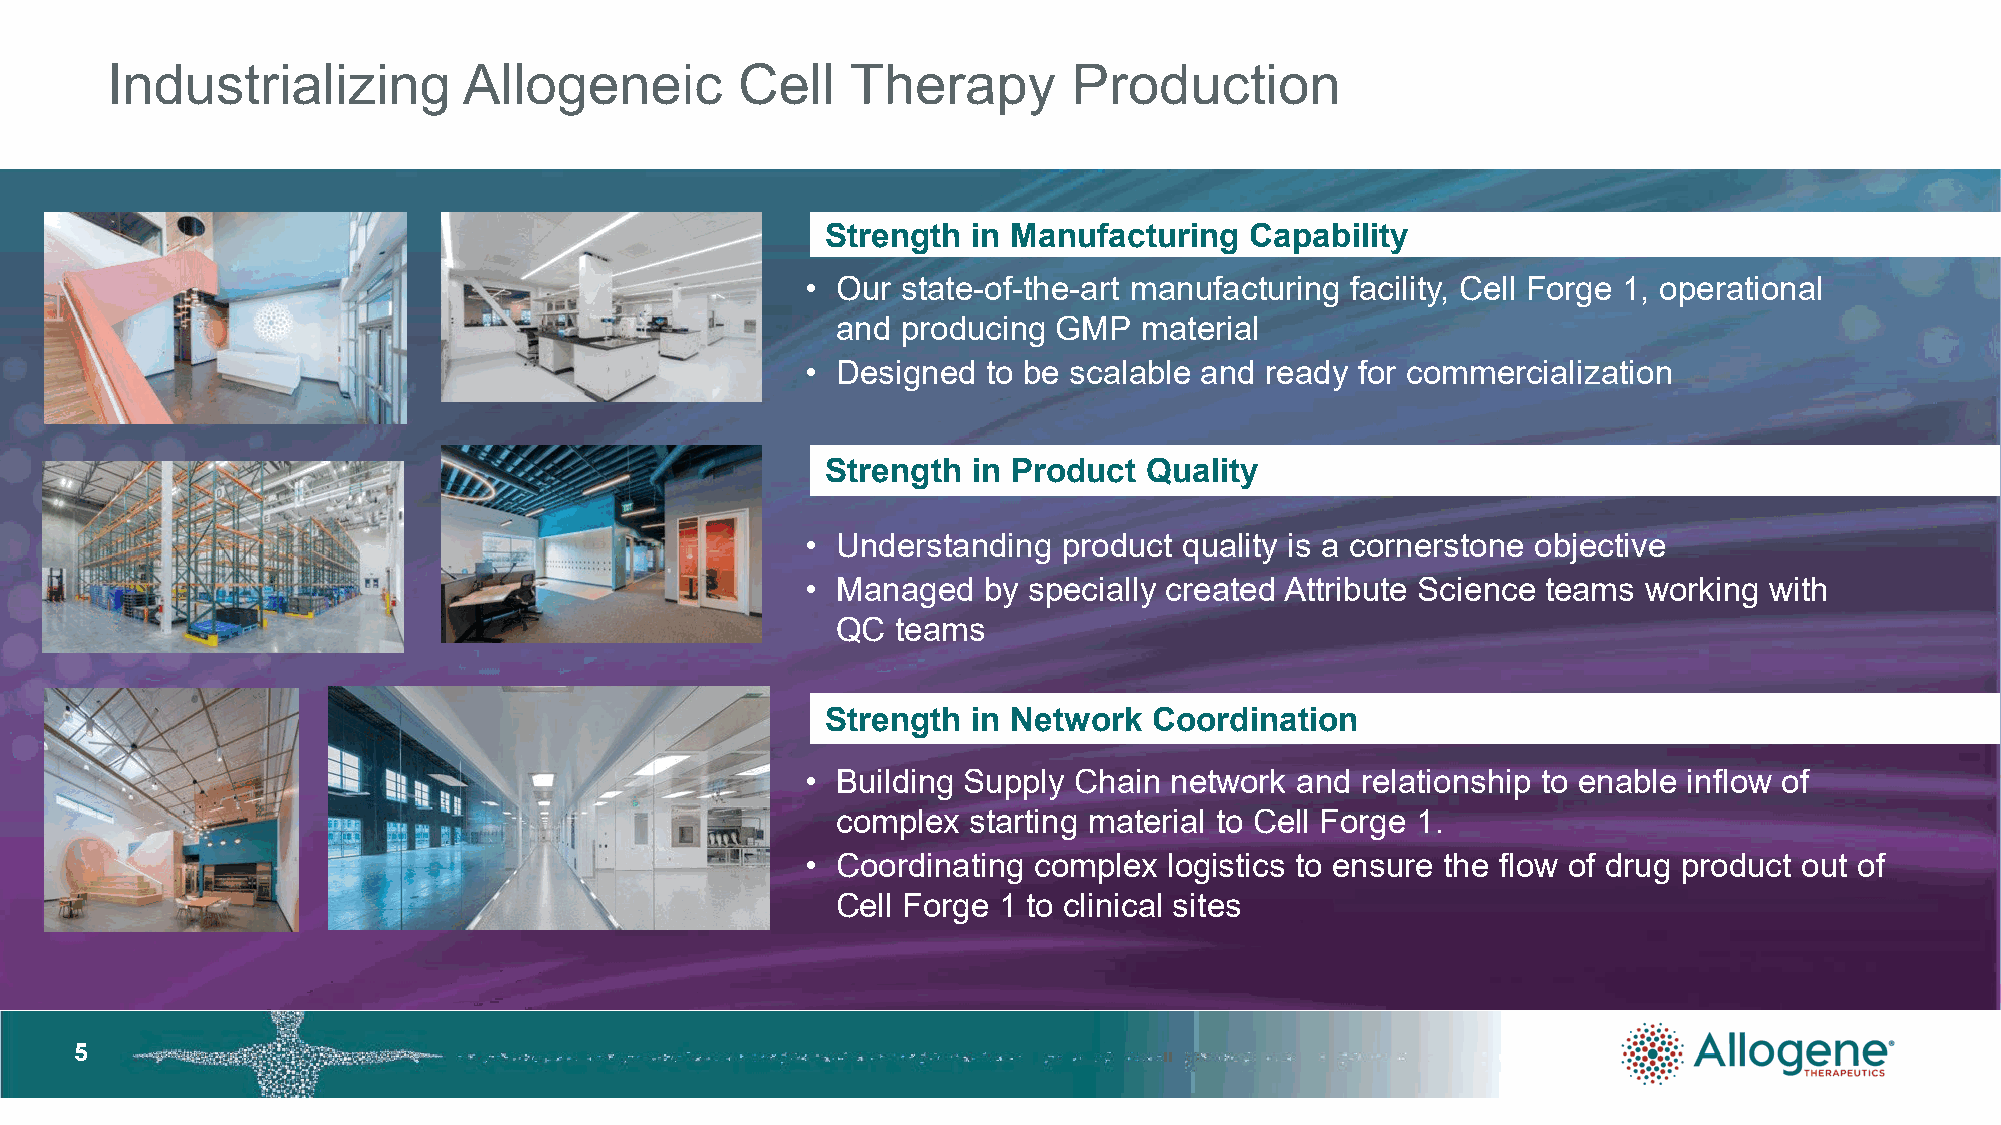
Industrializing         Allogeneic        Cell   Therapy        Production
 Strength in Manufacturing   Capability
 • Our  state-of-the-art manufacturing facility, Cell Forge 1, operational
 and  producing GMP   material
 • Designed  to be scalable and ready for commercialization
 Strength in Product  Quality
 • Understanding  product quality is a cornerstone objective
 • Managed   by specially created Attribute Science teams working with
 QC  teams
 Strength in Network  Coordination
 • Building Supply Chain network  and relationship to enable inflow of
 complex  starting material to Cell Forge 1.
 • Coordinating complex  logistics to ensure the flow of drug product out of
 Cell Forge 1 to clinical sites
 55